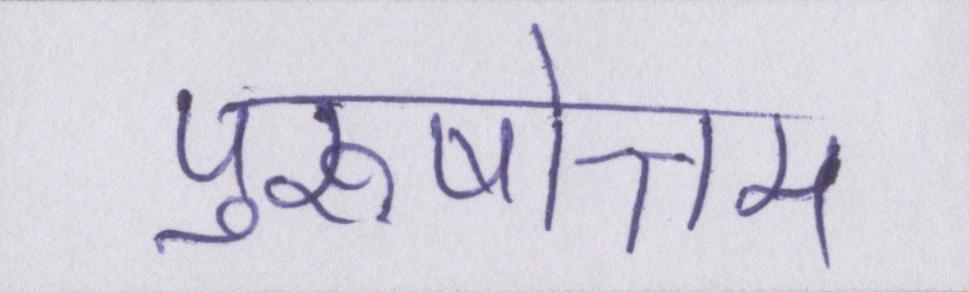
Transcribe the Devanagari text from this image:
पुरुषोत्तम